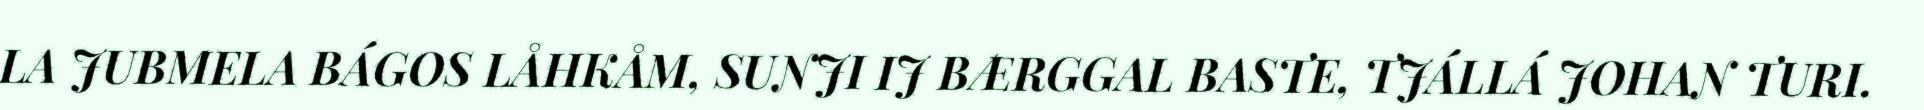
LA JUBMELA BÁGOS LÅHKÅM, SUNJI IJ BÆRGGAL BASTE, TJÁLLÁ JOHAN TURI.